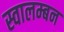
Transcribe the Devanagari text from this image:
स्वालम्बन